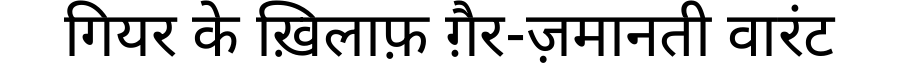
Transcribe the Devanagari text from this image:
गियर के ख़िलाफ़ ग़ैर-ज़मानती वारंट